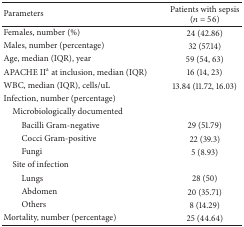
| Parameters | Patients with sepsis (n = 56) |
 | --- | --- |
 | Females, number (%) | 24 (42.86) |
 | Males, number (percentage) | 32 (57.14) |
 | Age, median (IQR), year | 59 (54, 63) |
 | APACHE IIa at inclusion, median (IQR) | 16 (14, 23) |
 | WBC, median (IQR), cells/uL | 13.84 (11.72, 16.03) |
 | Infection, number (percentage) |  |
 | Microbiologically documented |  |
 | Bacilli Gram-negative | 29 (51.79) |
 | Cocci Gram-positive | 22 (39.3) |
 | Fungi | 5 (8.93) |
 | Site of infection |  |
 | Lungs | 28 (50) |
 | Abdomen | 20 (35.71) |
 | Others | 8 (14.29) |
 | Mortality, number (percentage) | 25 (44.64) |